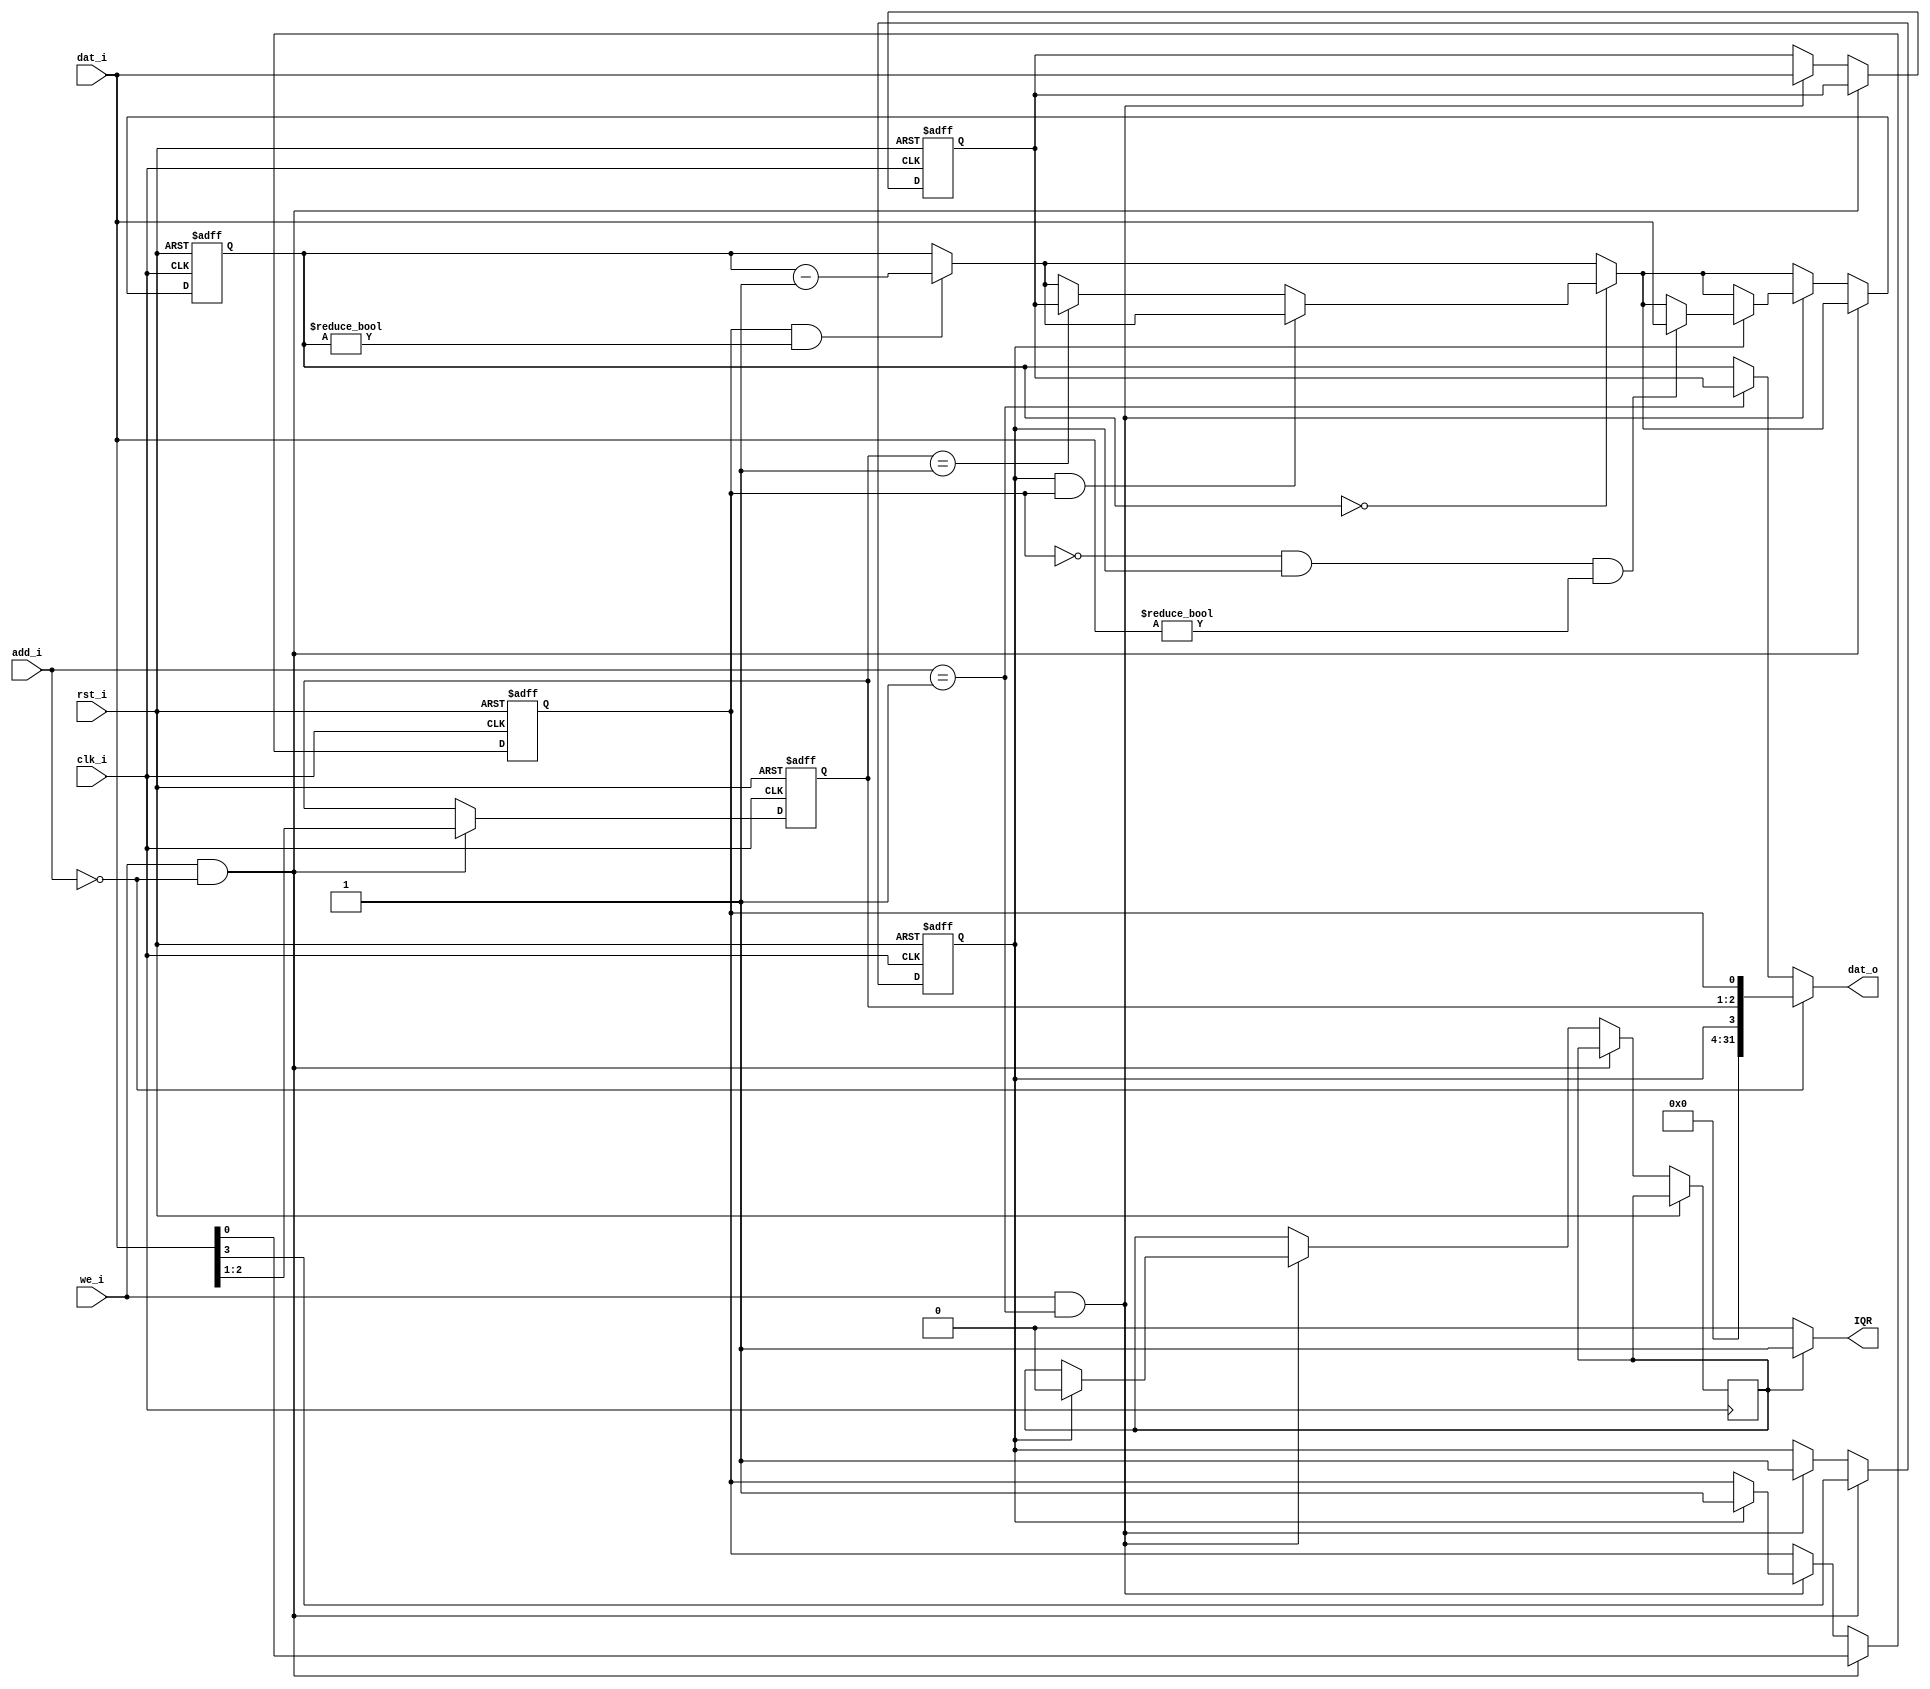
module timer(clk_i,rst_i,add_i,dat_i,we_i,dat_o,IQR);
  output IQR;
  input [31:0] dat_i;
  input [3:2] add_i;
  input we_i,clk_i,rst_i;
  output [31:0] dat_o;
  reg iqr=0;
  
  //reg [31:0] ctrl;
  reg im,enable;
  reg [2:1] mode;
  
  reg [31:0] present,count;
  always@(posedge clk_i,posedge rst_i)
  begin
    if(rst_i)
      begin
        {im,mode,enable}<={1'b0,2'b00,1'b0};
        present<=32'h0;
        count<=32'h0;
      end
    else
      begin
        if(enable&&count!=32'h0)//??????
          begin
          count<=count-1;
          end
        
        if(count==32'h0)//???0?
          begin
            if(im&&enable)//????
              begin
                im<=0;
                iqr<=1'b1;
                enable<=1'b0;
              end
            else if(mode==2'b01)
              count<=present;
          end
          
        if(we_i&&add_i==2'b00)//??ctrl???
          {im,mode,enable}<={dat_i[3],dat_i[2:1],dat_i[0]};
        else if(we_i&&add_i==2'b01)
          if(~im)
            begin
              present=dat_i;
              im=1;
            end
          else
            begin
            present=dat_i;
            if(~enable&&im&&present!=32'h00000000)
              count<=present;
              enable=1;
              iqr=0;
              im=1;
            end
          
       end
  end
  assign dat_o=(add_i==2'b00)?{28'h0,im,mode,enable}:
               (add_i==2'b01)?present:count;
  assign IQR=(iqr)?1:0;
  
endmodule